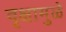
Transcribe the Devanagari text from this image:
वृक्षामुळे